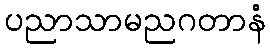
ပညာသာမညဂတာနံ